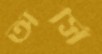
অর্সি